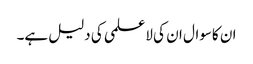
ان کاسوال ان کی لاعلمی کی دلیل ہے۔